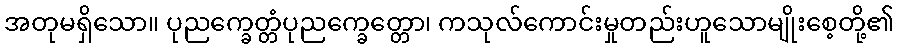
အတုမရှိသော။ ပုညက္ခေတ္တံပုညက္ခေတ္တော၊ ကသုလ်ကောင်းမှုတည်းဟူသောမျိုးစေ့တို့၏